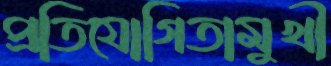
প্রতিযোগিতামুখী